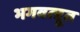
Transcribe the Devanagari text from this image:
भगवत्द्दूत